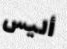
أليس